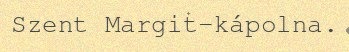
Szent Margit-kápolna.